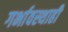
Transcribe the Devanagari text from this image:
गर्भावस्थाही